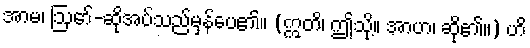
အာမ၊ ဩော်-ဆိုအပ်သည်မှန်ပေ၏။ (ဣတိ၊ ဤသို့။ အာဟ၊ ဆို၏။) ဟိ